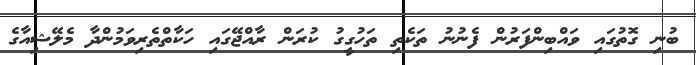
ބުނި ގޮތުގައި ވައްބިންފަރުން ފެނުނު ތަކެތި ތަހުގީގު ކުރަން ރާއްޖޭގައި ހަަކާތްތެރިވަމުންދާ މެލޭޝިއާގެ